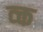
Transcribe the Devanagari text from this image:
व्क्त